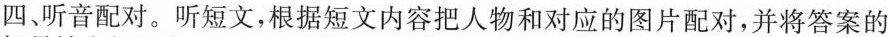
四、听音配对。听短文，根据短文内容把人物和对应的图片配对，并将答案的